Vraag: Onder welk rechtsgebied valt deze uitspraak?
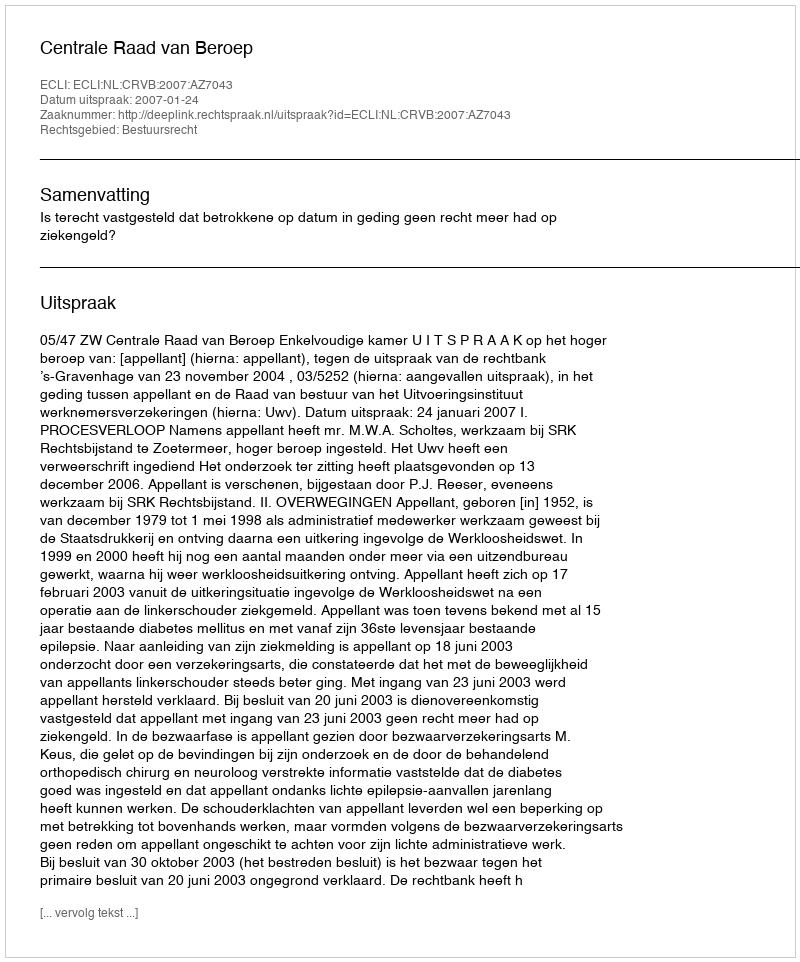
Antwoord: Bestuursrecht